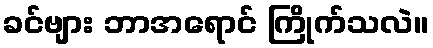
ခင်ဗျား ဘာအရောင် ကြိုက်သလဲ။